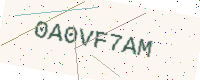
Text: 0A0VF7AM